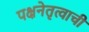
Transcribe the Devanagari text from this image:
पक्षनेतृत्वाची